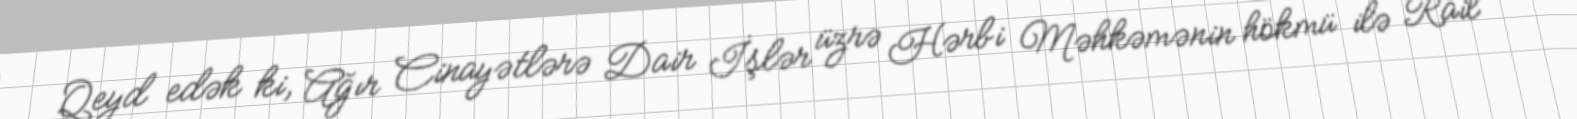
Qeyd edək ki, Ağır Cinayətlərə Dair İşlər üzrə Hərbi Məhkəmənin hökmü ilə Rail